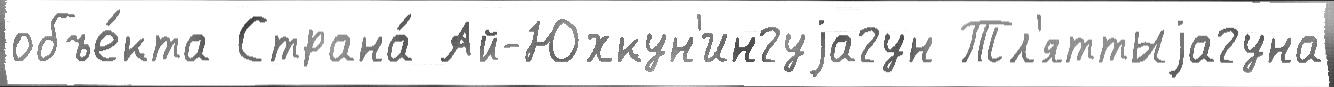
объе́кта Страна́ Ай-Юхкун'ингуjагун Тл'яттыjагуна